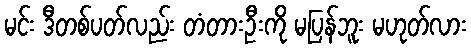
မင်း ဒီတစ်ပတ်လည်း တံတားဦးကို မပြန်ဘူး မဟုတ်လား